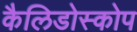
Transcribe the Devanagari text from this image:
कैलिडोस्कोप